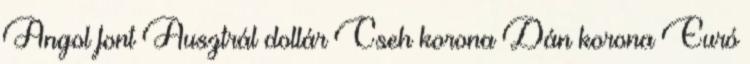
Angol font Ausztrál dollár Cseh korona Dán korona Euró